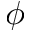
\phi